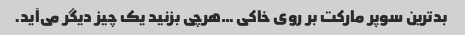
بدترین سوپر مارکت بر روی خاکی …هرچی بزنید یک چیز دیگر می‌آید.